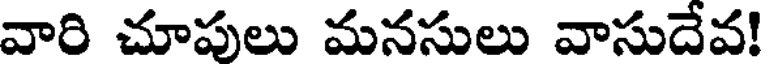
వారి చూపులు మనసులు వాసుదేవ!